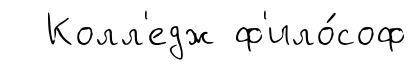
Колл'едж ф'ило́соф